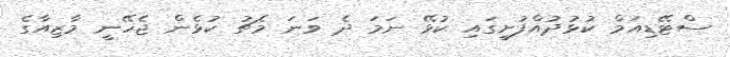
ސްޓޭޑިއަމް ކުޅުދުއްފުށީގައި ކުޅޭ ނަމަ ދެ ވަނަ މެޗު ކުޅެން ޖެހޭނީ މާޒިއާގެ